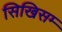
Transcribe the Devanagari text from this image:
सिखिसम्‍